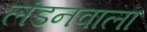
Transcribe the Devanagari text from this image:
लंडनवाला